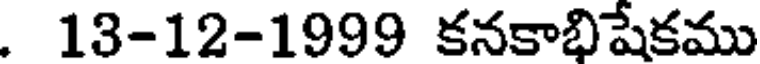
. 13-12-1999 కనకాభిషేకము